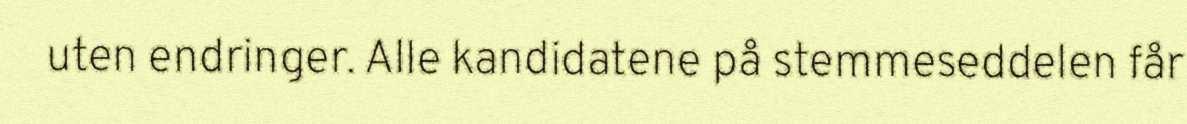
uten endringer. Alle kandidatene på stemmeseddelen får